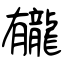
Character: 龓